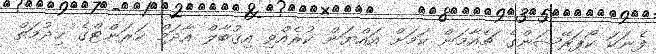
ފެނަކަ ކޯޕަރޭޝަންގެ ޗެއާމަން ކަމަށް އައްޔަން ކުރެއްވި އިޤުބާލް އާދަމް ކަރަންޓްގެ ޚިދުމަތް